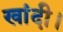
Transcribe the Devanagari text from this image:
खांदी।